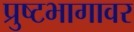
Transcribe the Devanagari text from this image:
प्रुष्टभागावर